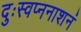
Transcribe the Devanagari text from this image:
दुःस्वप्ननाशनं